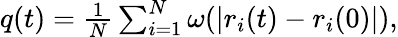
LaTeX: \begin{array}{r}{q(t)=\frac{1}{N}\sum_{i=1}^{N}\omega(|r_{i}(t)-r_{i}(0)|),}\end{array}